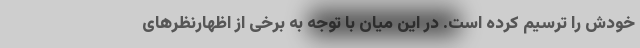
خودش را ترسیم کرده است. در این میان با توجه به برخی از اظهارنظرهای